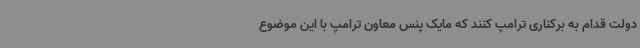
دولت قدام به برکناری ترامپ کنند که مایک پنس معاون ترامپ با این موضوع